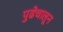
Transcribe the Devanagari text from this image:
पुढेचालून